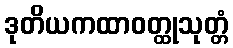
ဒုတိယကထာဝတ္ထုသုတ္တံ